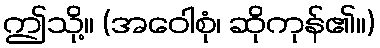
ဤသို့။ (အဝေါစုံ၊ ဆိုကုန်၏။)